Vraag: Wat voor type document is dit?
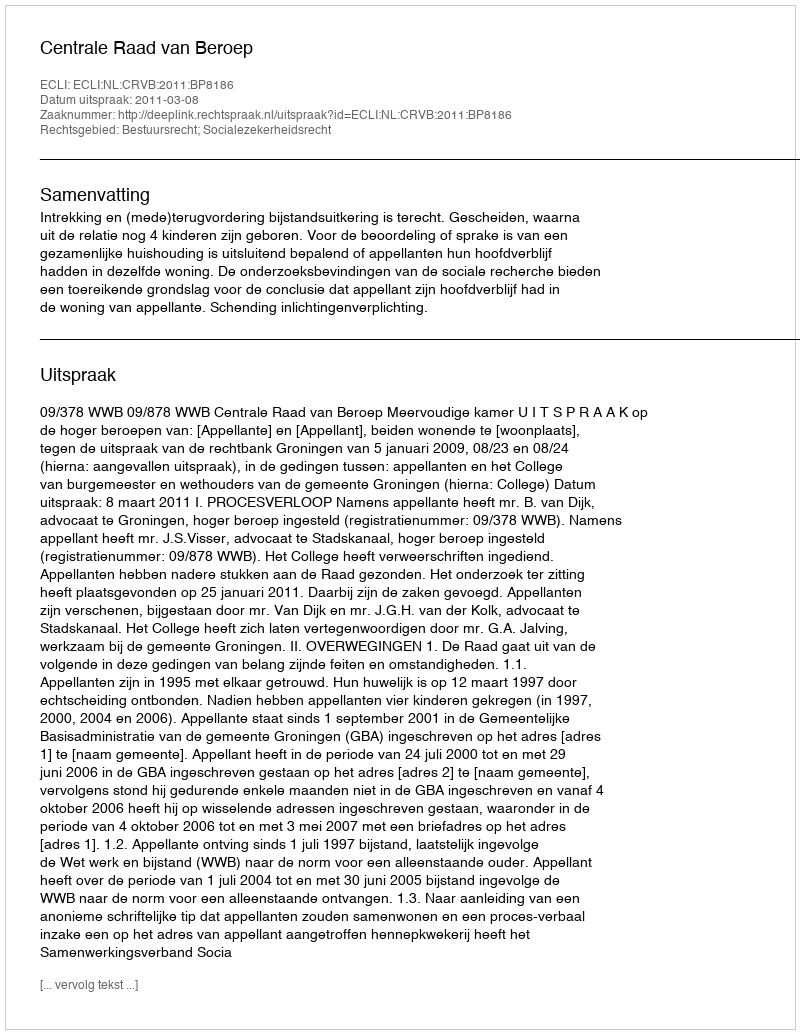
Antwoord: Uitspraak